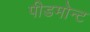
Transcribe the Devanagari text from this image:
पीडमोन्ट